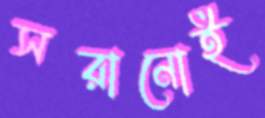
সরানোই